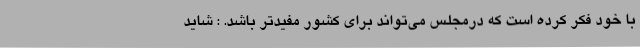
با خود فکر کرده است که درمجلس می‌تواند برای کشور مفیدتر باشد. : شاید